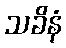
သခိနံ